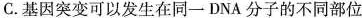
C.基因突变可以发生在同一DNA分子的不同部位